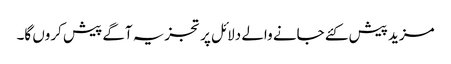
مزید پیش کئے جانے والے دلائل پر تجزیہ آگے پیش کروں گا۔